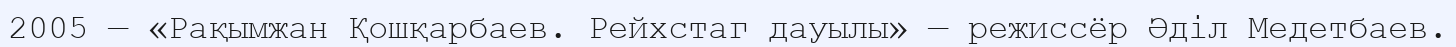
2005 — «Рақымжан Қошқарбаев. Рейхстаг дауылы» — режиссёр Әділ Медетбаев.